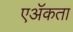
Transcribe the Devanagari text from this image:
एॲकता